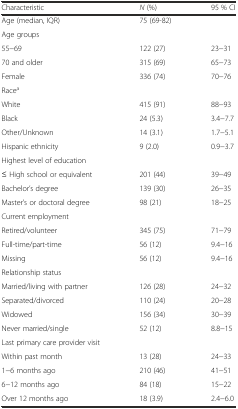
<table><thead><tr><td><b>Characteristic</b></td><td><b><i>N</i> (%)</b></td><td><b>95 % CI</b></td></tr></thead><tbody><tr><td>Age (median, IQR)</td><td>75 (69-82)</td><td></td></tr><tr><td>Age groups</td><td></td><td></td></tr><tr><td>55−69</td><td>122 (27)</td><td>23−31</td></tr><tr><td>70 and older</td><td>315 (69)</td><td>65−73</td></tr><tr><td>Female</td><td>336 (74)</td><td>70−76</td></tr><tr><td>Race<sup>a</sup></td><td></td><td></td></tr><tr><td>White</td><td>415 (91)</td><td>88−93</td></tr><tr><td>Black</td><td>24 (5.3)</td><td>3.4−7.7</td></tr><tr><td>Other/Unknown</td><td>14 (3.1)</td><td>1.7−5.1</td></tr><tr><td>Hispanic ethnicity</td><td>9 (2.0)</td><td>0.9−3.7</td></tr><tr><td>Highest level of education</td><td></td><td></td></tr><tr><td>≤ High school or equivalent</td><td>201 (44)</td><td>39−49</td></tr><tr><td>Bachelor’s degree</td><td>139 (30)</td><td>26−35</td></tr><tr><td>Master’s or doctoral degree</td><td>98 (21)</td><td>18−25</td></tr><tr><td>Current employment</td><td></td><td></td></tr><tr><td>Retired/volunteer</td><td>345 (75)</td><td>71−79</td></tr><tr><td>Full-time/part-time</td><td>56 (12)</td><td>9.4−16</td></tr><tr><td>Missing</td><td>56 (12)</td><td>9.4−16</td></tr><tr><td>Relationship status</td><td></td><td></td></tr><tr><td>Married/living with partner</td><td>126 (28)</td><td>24−32</td></tr><tr><td>Separated/divorced</td><td>110 (24)</td><td>20−28</td></tr><tr><td>Widowed</td><td>156 (34)</td><td>30−39</td></tr><tr><td>Never married/single</td><td>52 (12)</td><td>8.8−15</td></tr><tr><td>Last primary care provider visit</td><td></td><td></td></tr><tr><td>Within past month</td><td>13 (28)</td><td>24−33</td></tr><tr><td>1−6 months ago</td><td>210 (46)</td><td>41−51</td></tr><tr><td>6−12 months ago</td><td>84 (18)</td><td>15−22</td></tr><tr><td>Over 12 months ago</td><td>18 (3.9)</td><td>2.4−6.0</td></tr></tbody></table>